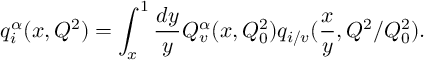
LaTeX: q _ { i } ^ { \alpha } ( x , Q ^ { 2 } ) = \int _ { x } ^ { 1 } { \frac { d y } { y } } Q _ { v } ^ { \alpha } ( x , Q _ { 0 } ^ { 2 } ) q _ { i / v } ( { \frac { x } { y } } , Q ^ { 2 } / Q _ { 0 } ^ { 2 } ) .